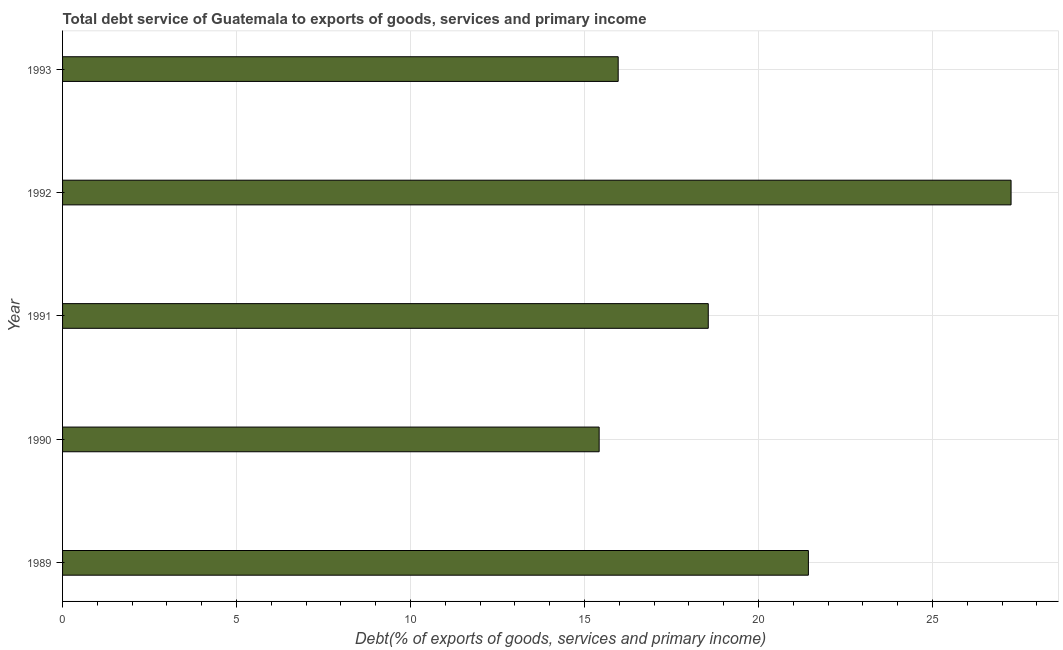
| Year | Total debt service |
 | --- | --- |
 | 1989 | 21.4 |
 | 1990 | 15.4 |
 | 1991 | 18.6 |
 | 1992 | 27.3 |
 | 1993 | 16 |